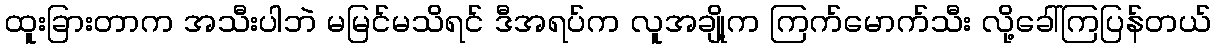
ထူးခြားတာက အသီးပါဘဲ မမြင်မသိရင် ဒီအရပ်က လူအချို့က ကြက်မောက်သီး လို့ခေါ်ကြပြန်တယ်